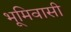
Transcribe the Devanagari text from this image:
भूमिवासी